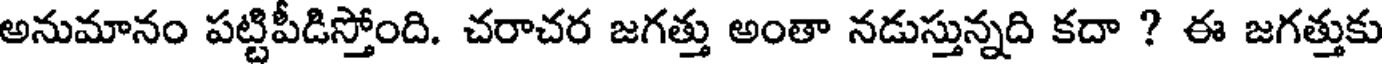
అనుమానం పట్టిపీడిస్తోంది. చరాచర జగత్తు అంతా నడుస్తున్నది కదా ? ఈ జగత్తుకు